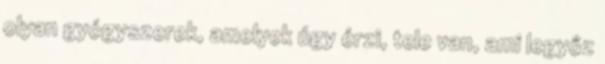
olyan gyógyszerek, amelyek úgy érzi, tele van, ami legyőz